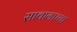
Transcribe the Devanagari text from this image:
सावानाच्या